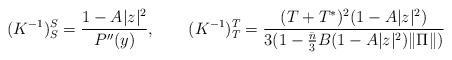
LaTeX: \begin{align*}(K^{-1})^S_S = \frac{1-A|z|^2}{P''(y)},\qquad (K^{-1})^T_T = \frac{(T+T^*)^2(1-A|z|^2)} {3(1-\frac{\bar{n}}{3}B(1-A|z|^2)\|\Pi\|)}\end{align*}